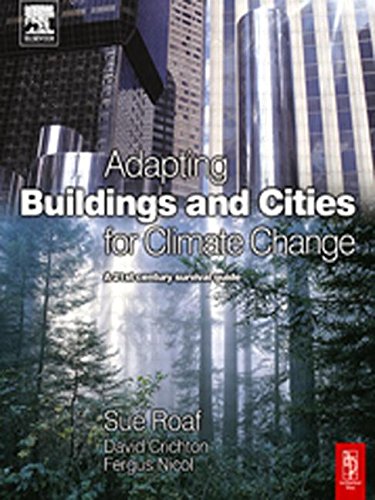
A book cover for Adapting Buildings and Cities for Climate Change: A 21st Century Survival Guide; Sue Roaf PhD; Crafts, Hobbies & Home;